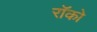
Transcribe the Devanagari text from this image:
रॉको